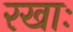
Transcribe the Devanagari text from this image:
रखाः